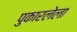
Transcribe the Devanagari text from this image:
पुकारलेला